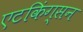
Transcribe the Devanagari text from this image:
एटकिंग्सन